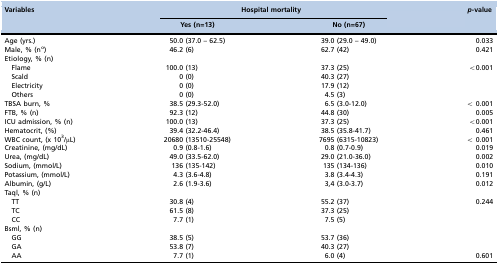
<table><thead><tr><td rowspan="2"><b>Variables</b></td><td colspan="2"><b>Hospital mortality</b></td><td rowspan="2"><b><i>p</i>-value</b></td></tr><tr><td><b>Yes (n=13)</b></td><td><b>No (n=67)</b></td></tr></thead><tbody><tr><td>Age (yrs.)</td><td>50.0 (37.0 – 62.5)</td><td>39.0 (29.0 – 49.0)</td><td>0.033</td></tr><tr><td>Male, % (n<sup>o</sup>)</td><td>46.2 (6)</td><td>62.7 (42)</td><td>0.421</td></tr><tr><td>Etiology, % (n)</td><td></td><td></td><td></td></tr><tr><td>Flame</td><td>100.0 (13)</td><td>37.3 (25)</td><td>&lt;0.001</td></tr><tr><td>Scald</td><td>0 (0)</td><td>40.3 (27)</td><td></td></tr><tr><td>Electricity</td><td>0 (0)</td><td>17.9 (12)</td><td></td></tr><tr><td>Others</td><td>0 (0)</td><td>4.5 (3)</td><td></td></tr><tr><td>TBSA burn, %</td><td>38.5 (29.3-52.0)</td><td>6.5 (3.0-12.0)</td><td>&lt; 0.001</td></tr><tr><td>FTB, % (n)</td><td>92.3 (12)</td><td>44.8 (30)</td><td>0.005</td></tr><tr><td>ICU admission, % (n)</td><td>100.0 (13)</td><td>37.3 (25)</td><td>&lt;0.001</td></tr><tr><td>Hematocrit, (%)</td><td>39.4 (32.2-46.4)</td><td>38.5 (35.8-41.7)</td><td>0.461</td></tr><tr><td>WBC count, (x 10<sup>3</sup>/μL)</td><td>20680 (13510-25548)</td><td>7695 (6315-10823)</td><td>&lt; 0.001</td></tr><tr><td>Creatinine, (mg/dL)</td><td>0.9 (0.8-1.6)</td><td>0.8 (0.7-0.9)</td><td>0.019</td></tr><tr><td>Urea, (mg/dL)</td><td>49.0 (33.5-62.0)</td><td>29.0 (21.0-36.0)</td><td>0.002</td></tr><tr><td>Sodium, (mmol/L)</td><td>136 (135-142)</td><td>135 (134-136)</td><td>0.010</td></tr><tr><td>Potassium, (mmol/L)</td><td>4.3 (3.6-4.8)</td><td>3.8 (3.4-4.3)</td><td>0.191</td></tr><tr><td>Albumin, (g/L)</td><td>2.6 (1.9-3.6)</td><td>3,4 (3.0-3.7)</td><td>0.012</td></tr><tr><td>Taql, % (n)</td><td></td><td></td><td></td></tr><tr><td>TT</td><td>30.8 (4)</td><td>55.2 (37)</td><td>0.244</td></tr><tr><td>TC</td><td>61.5 (8)</td><td>37.3 (25)</td><td></td></tr><tr><td>CC</td><td>7.7 (1)</td><td>7.5 (5)</td><td></td></tr><tr><td>Bsml, % (n)</td><td></td><td></td><td></td></tr><tr><td>GG</td><td>38.5 (5)</td><td>53.7 (36)</td><td></td></tr><tr><td>GA</td><td>53.8 (7)</td><td>40.3 (27)</td><td></td></tr><tr><td>AA</td><td>7.7 (1)</td><td>6.0 (4)</td><td>0.601</td></tr></tbody></table>